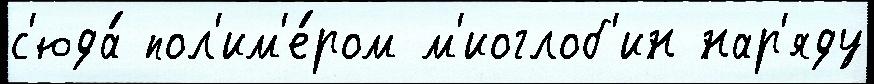
с'юда́ пол'им'е́ром м'иоглоб'ин нар'яду